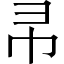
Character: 𭘒